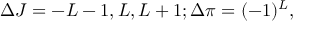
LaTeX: \Delta J = - L - 1 , L , L + 1 ; \Delta \pi = ( - 1 ) ^ { L } ,